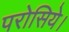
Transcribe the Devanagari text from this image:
परोसिये।